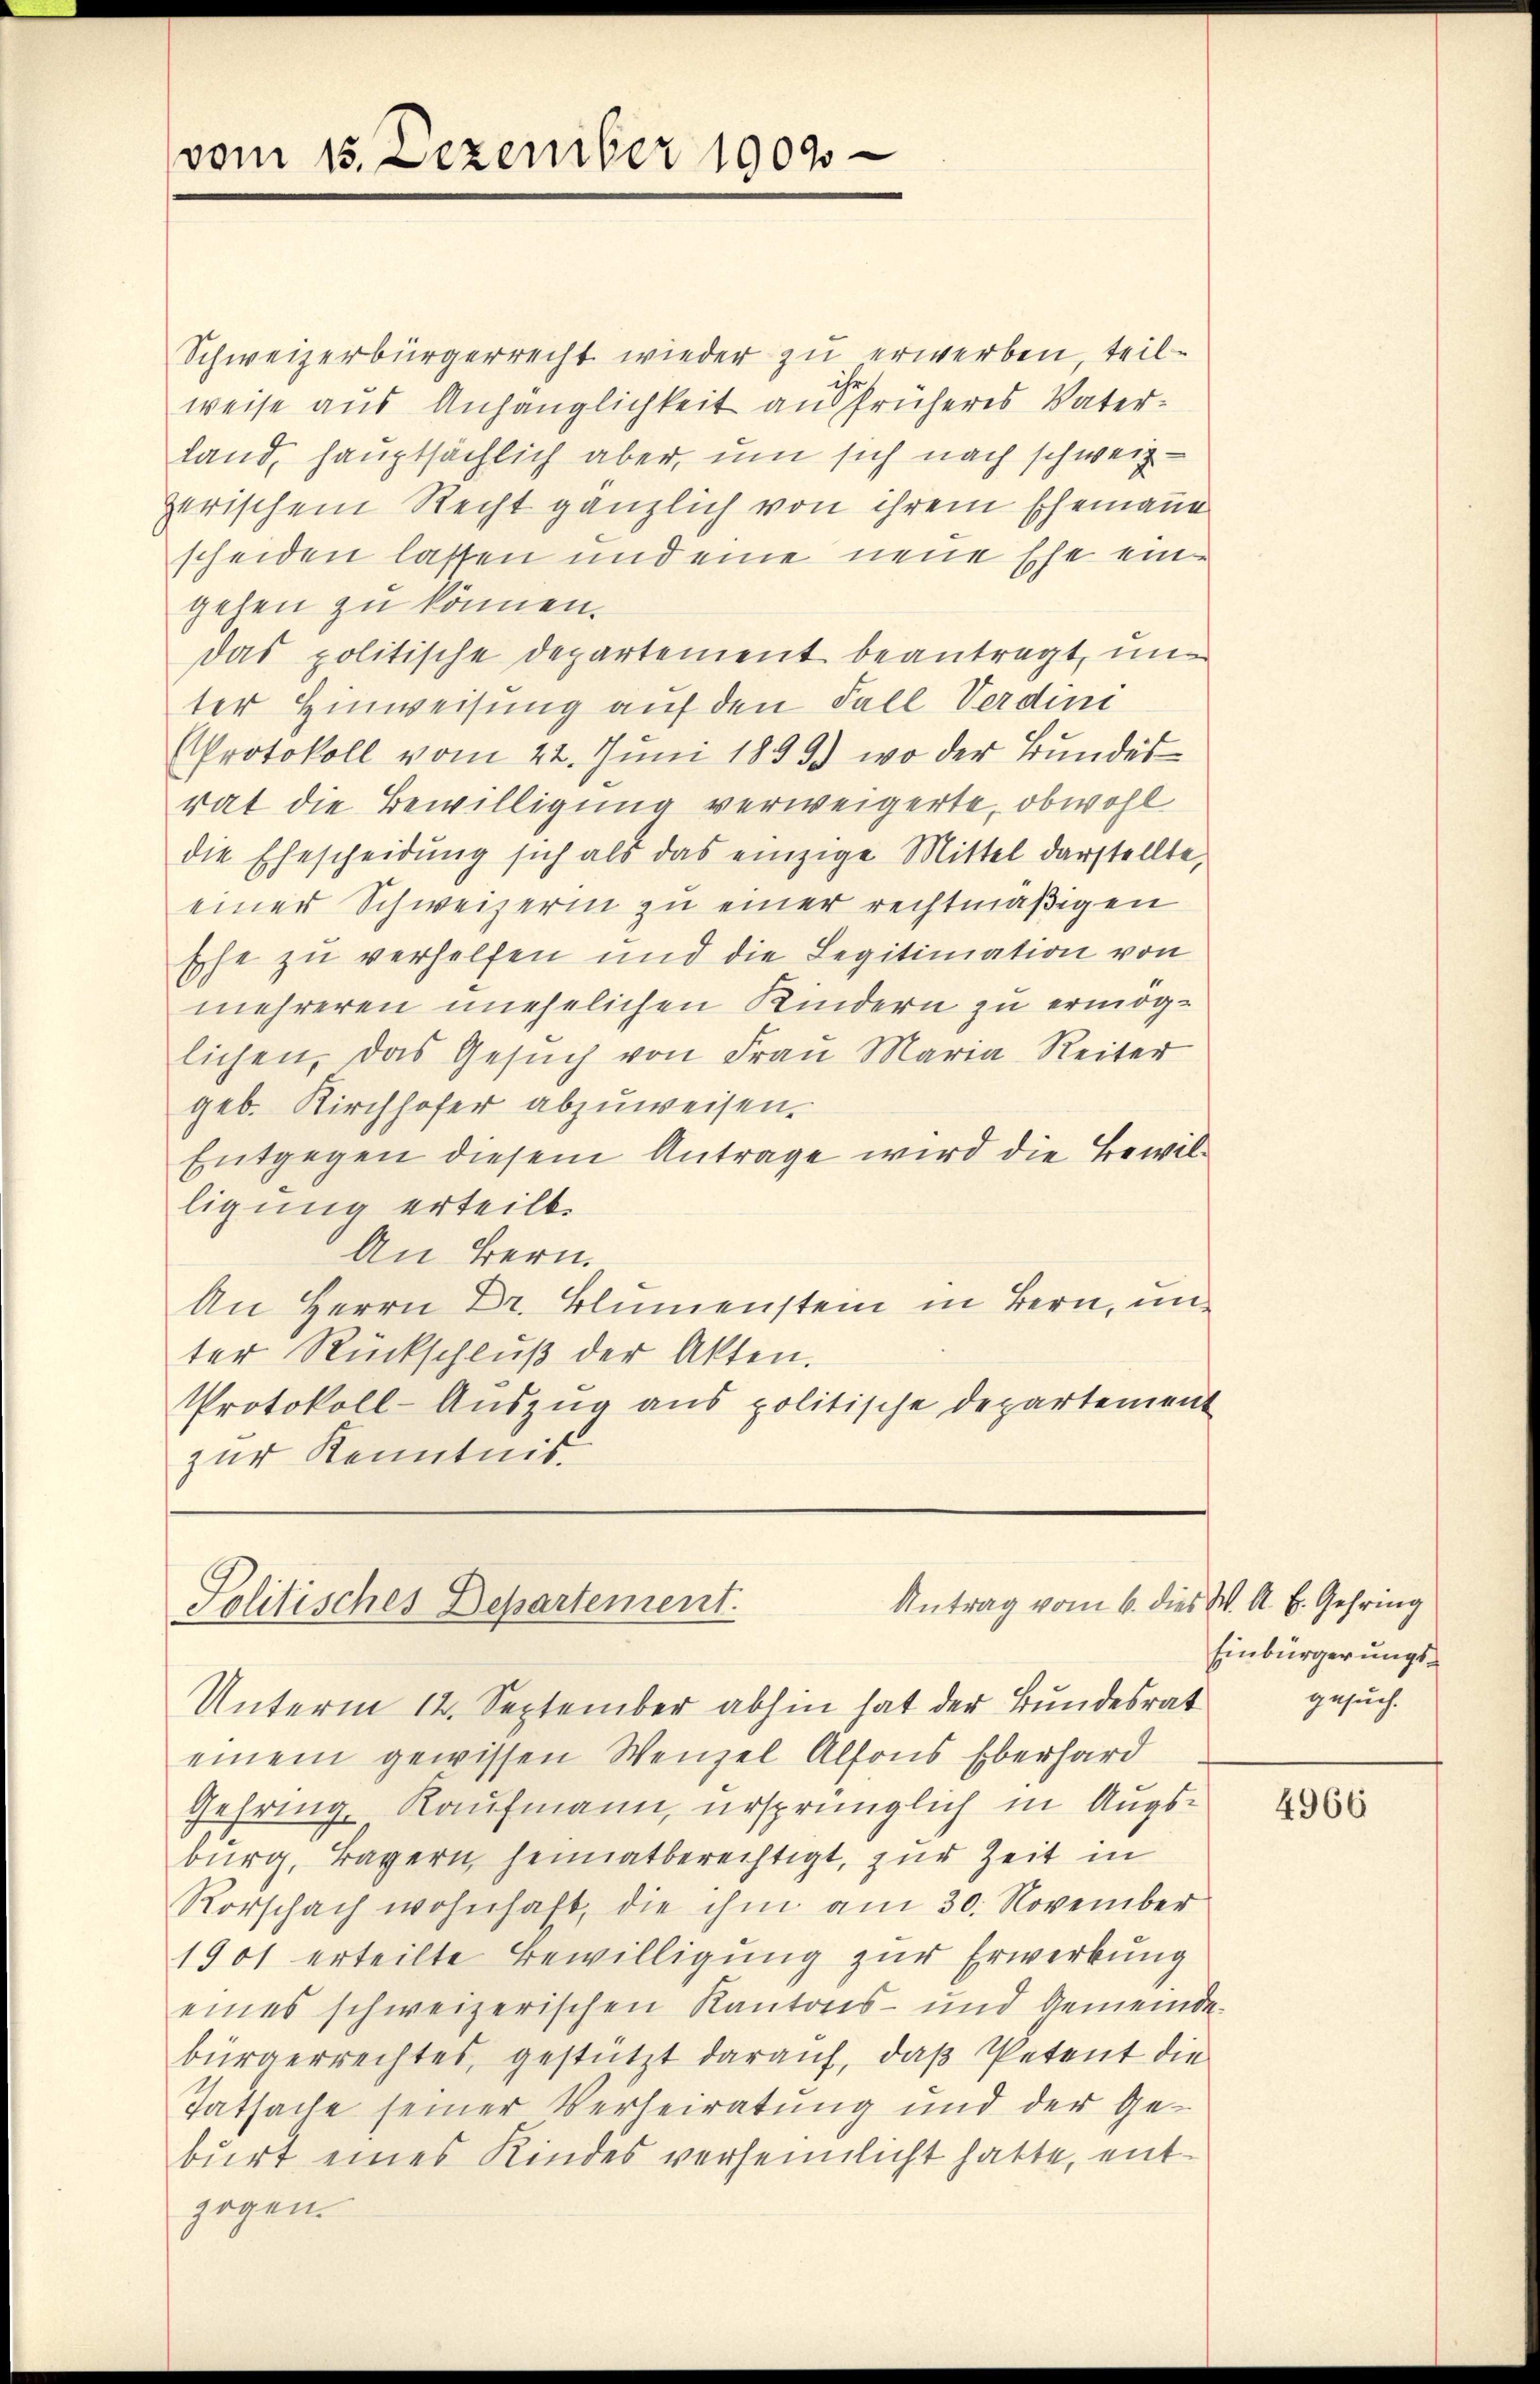
vom 15. Dezember 1909

Schweizerbürgerrecht wieder zu erwerben, teilweise aus Anhänglichkeit an früheres Vaterland, hauptsächlich aber, um sich nach schweizzerischem Recht gänzlich von ihrem Ehemanne
scheiden lassen und eine neue Ehe eine
gehen zu können.
Das politische Departement beantragt, un
ter Hinweisung auf den Fall Verdini
Protokoll vom 22. Juni 1899) wo der Bundes
rat die Bewilligung verweigerte, obwohl
die Ehescheidŭng sich als das einzige Mittel darstellte,
einer Schweizerin zu einer rechtmäßigen
Eche zu verhelfen und die Legitimation von
mehreren unehelichen Kindern zu ermöglichen, das Gesŭch von Fraŭ Maria Reiter
geb. Kirchhofer abzuweisen.
Entgegen diesem Antrage wird die Bewilligung erteilt.
An Bern.
An Herrn Dr. Blumenstein in Bern, unter Rückschlŭβ der Akten.
Protokoll-Aŭszŭg ans politische Departement
zur Kenntnis.

Antrag vom 6. dies W. A. E. Gehring
Politisches Departement.

Einbürgerungsgesuch.

Unterm 14. September abhin hat der Bundesrat
einem gewissen Wenzel Alfons Eberhard
Gehring, Kaufmann, ursprünglich in Augsburg, Bayern heimatberechtigt, zur Zeit in
Rorschach wohnhaft, die ihm am 30. November
1901 erteilte Bewilligung zur Erwerbung
eines schweizerischen Kantons- und Gemeinde-
bürgerrechtes, gestützt daraŭf, daβ Petent die
Tatsache seiner Verheiratung und der Geburt eines Kindes verheimlicht hatte, entzogen.

4966